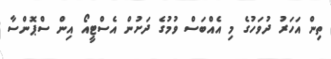
ތިން އަހަރު ދުވަހުގެ މި އެއްބަސް ވުމުގެ ދަށުން އެސްޓީއޯ އިން ސްޕޮންސާ